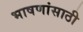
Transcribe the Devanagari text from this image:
भाषणांसाठी